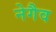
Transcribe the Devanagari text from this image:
नेगैव